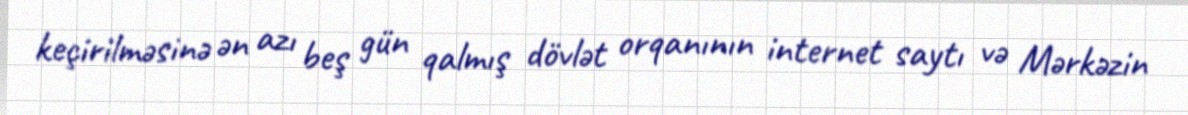
keçirilməsinə ən azı beş gün qalmış dövlət orqanının internet saytı və Mərkəzin